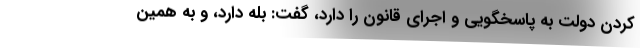
کردن دولت به پاسخگویی و اجرای قانون را دارد، گفت: بله دارد، و به همین